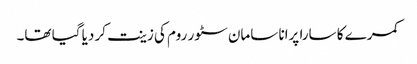
کمرے کا سارا پرانا سامان سٹور روم کی زینت کر دیا گیا تھا۔